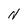
Character: N